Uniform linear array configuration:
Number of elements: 4
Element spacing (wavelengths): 1
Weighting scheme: blackman
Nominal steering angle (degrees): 0
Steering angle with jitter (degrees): -0.7772
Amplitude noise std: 0.05
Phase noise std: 0.05

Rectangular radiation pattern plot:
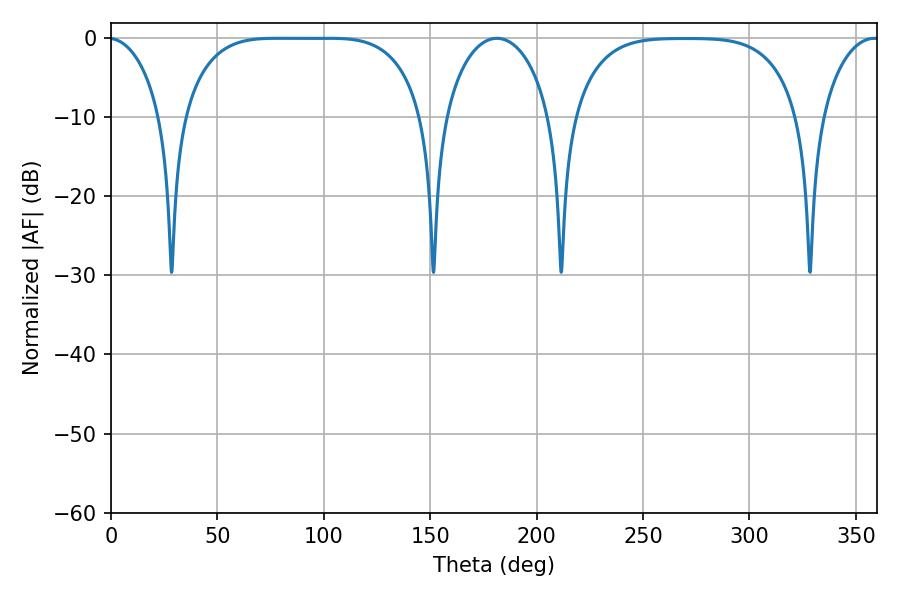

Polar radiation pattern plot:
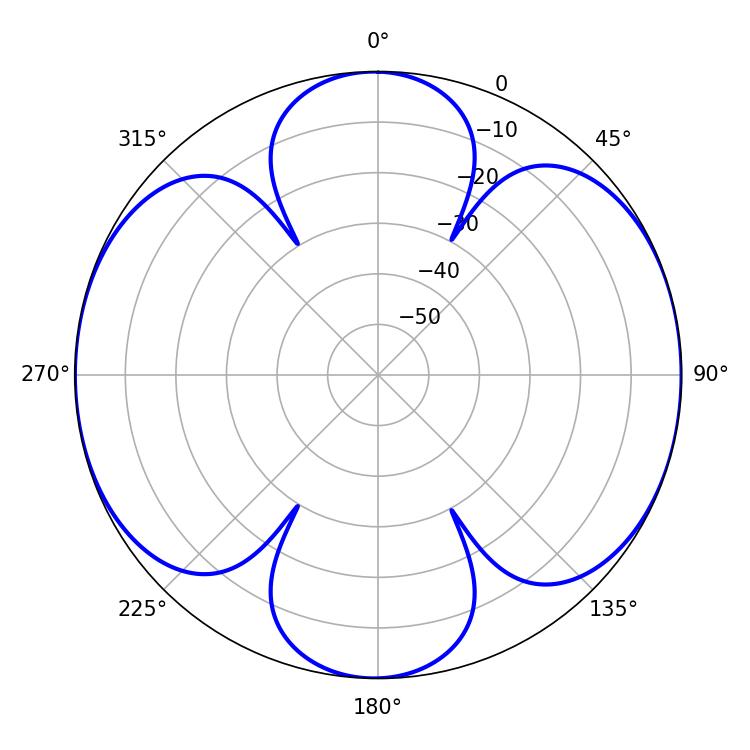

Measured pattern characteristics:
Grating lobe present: TRUE
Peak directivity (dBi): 13.138
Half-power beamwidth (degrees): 86.76
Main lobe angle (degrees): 77.58